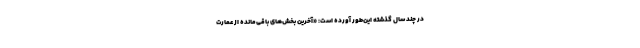
در چند سال گذشته این‌طور آورده است: «آخرین بخش‌های باقی‌مانده از عمارت